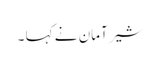
شیر آمان نے کہا ۔